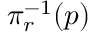
\pi _ { r } ^ { - 1 } ( p )